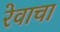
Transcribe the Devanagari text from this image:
रेवाचा